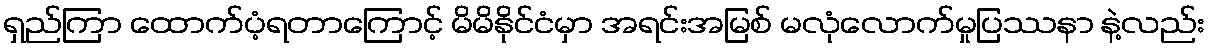
ရှည်ကြာ ထောက်ပံ့ရတာကြောင့် မိမိနိုင်ငံမှာ အရင်းအမြစ် မလုံလောက်မှုပြဿနာ နဲ့လည်း